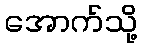
အောက်သို့